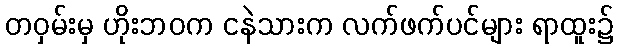
တဝှမ်းမှ ဟိုးဘဝက ငနဲသားက လက်ဖက်ပင်များ ရာထူး၌